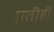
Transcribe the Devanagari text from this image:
प्रतीही